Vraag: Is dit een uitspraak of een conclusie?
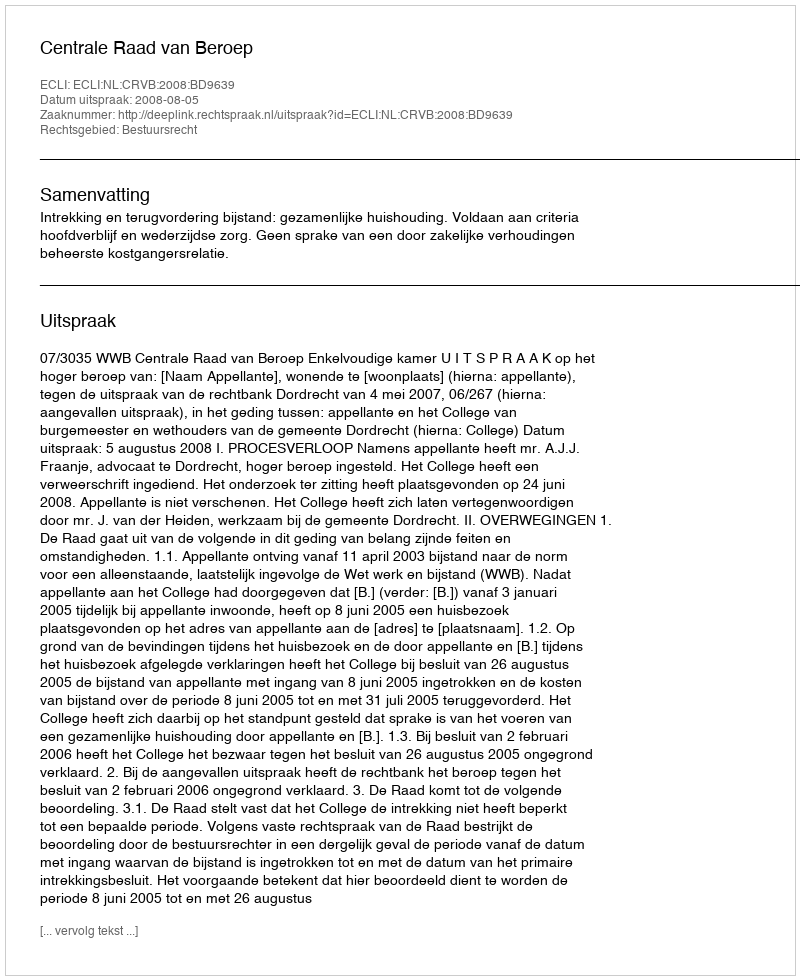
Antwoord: Uitspraak